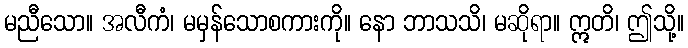
မညီသော။ အလီကံ၊ မမှန်သောစကားကို။ နော ဘာသသိ၊ မဆိုရာ။ ဣတိ၊ ဤသို့။